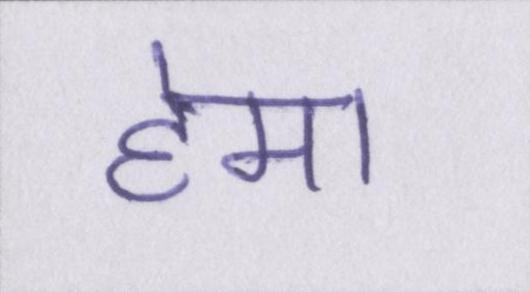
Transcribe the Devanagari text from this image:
हेमा